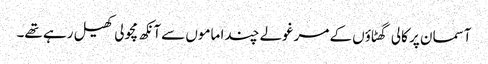
آسمان پر کالی گھٹاؤں کے مرغولے چندا ماموں سے آنکھ مچولی کھیل رہے تھے۔